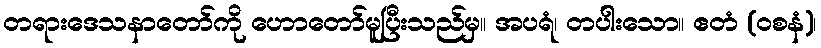
တရားဒေသနာတော်ကို ဟောတော်မူပြီးသည်မှ။ အပရံ၊ တပါးသော။ ဧတံ (ဝစနံ)၊